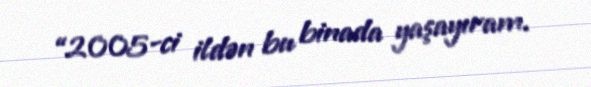
“2005-ci ildən bu binada yaşayıram.